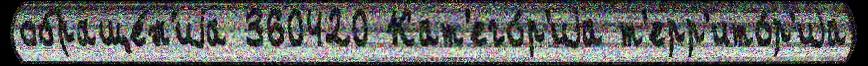
обраще́н'иjа 360420 Кат'его́р'иjа т'ерр'ито́р'иjа